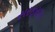
સરફરાઝ